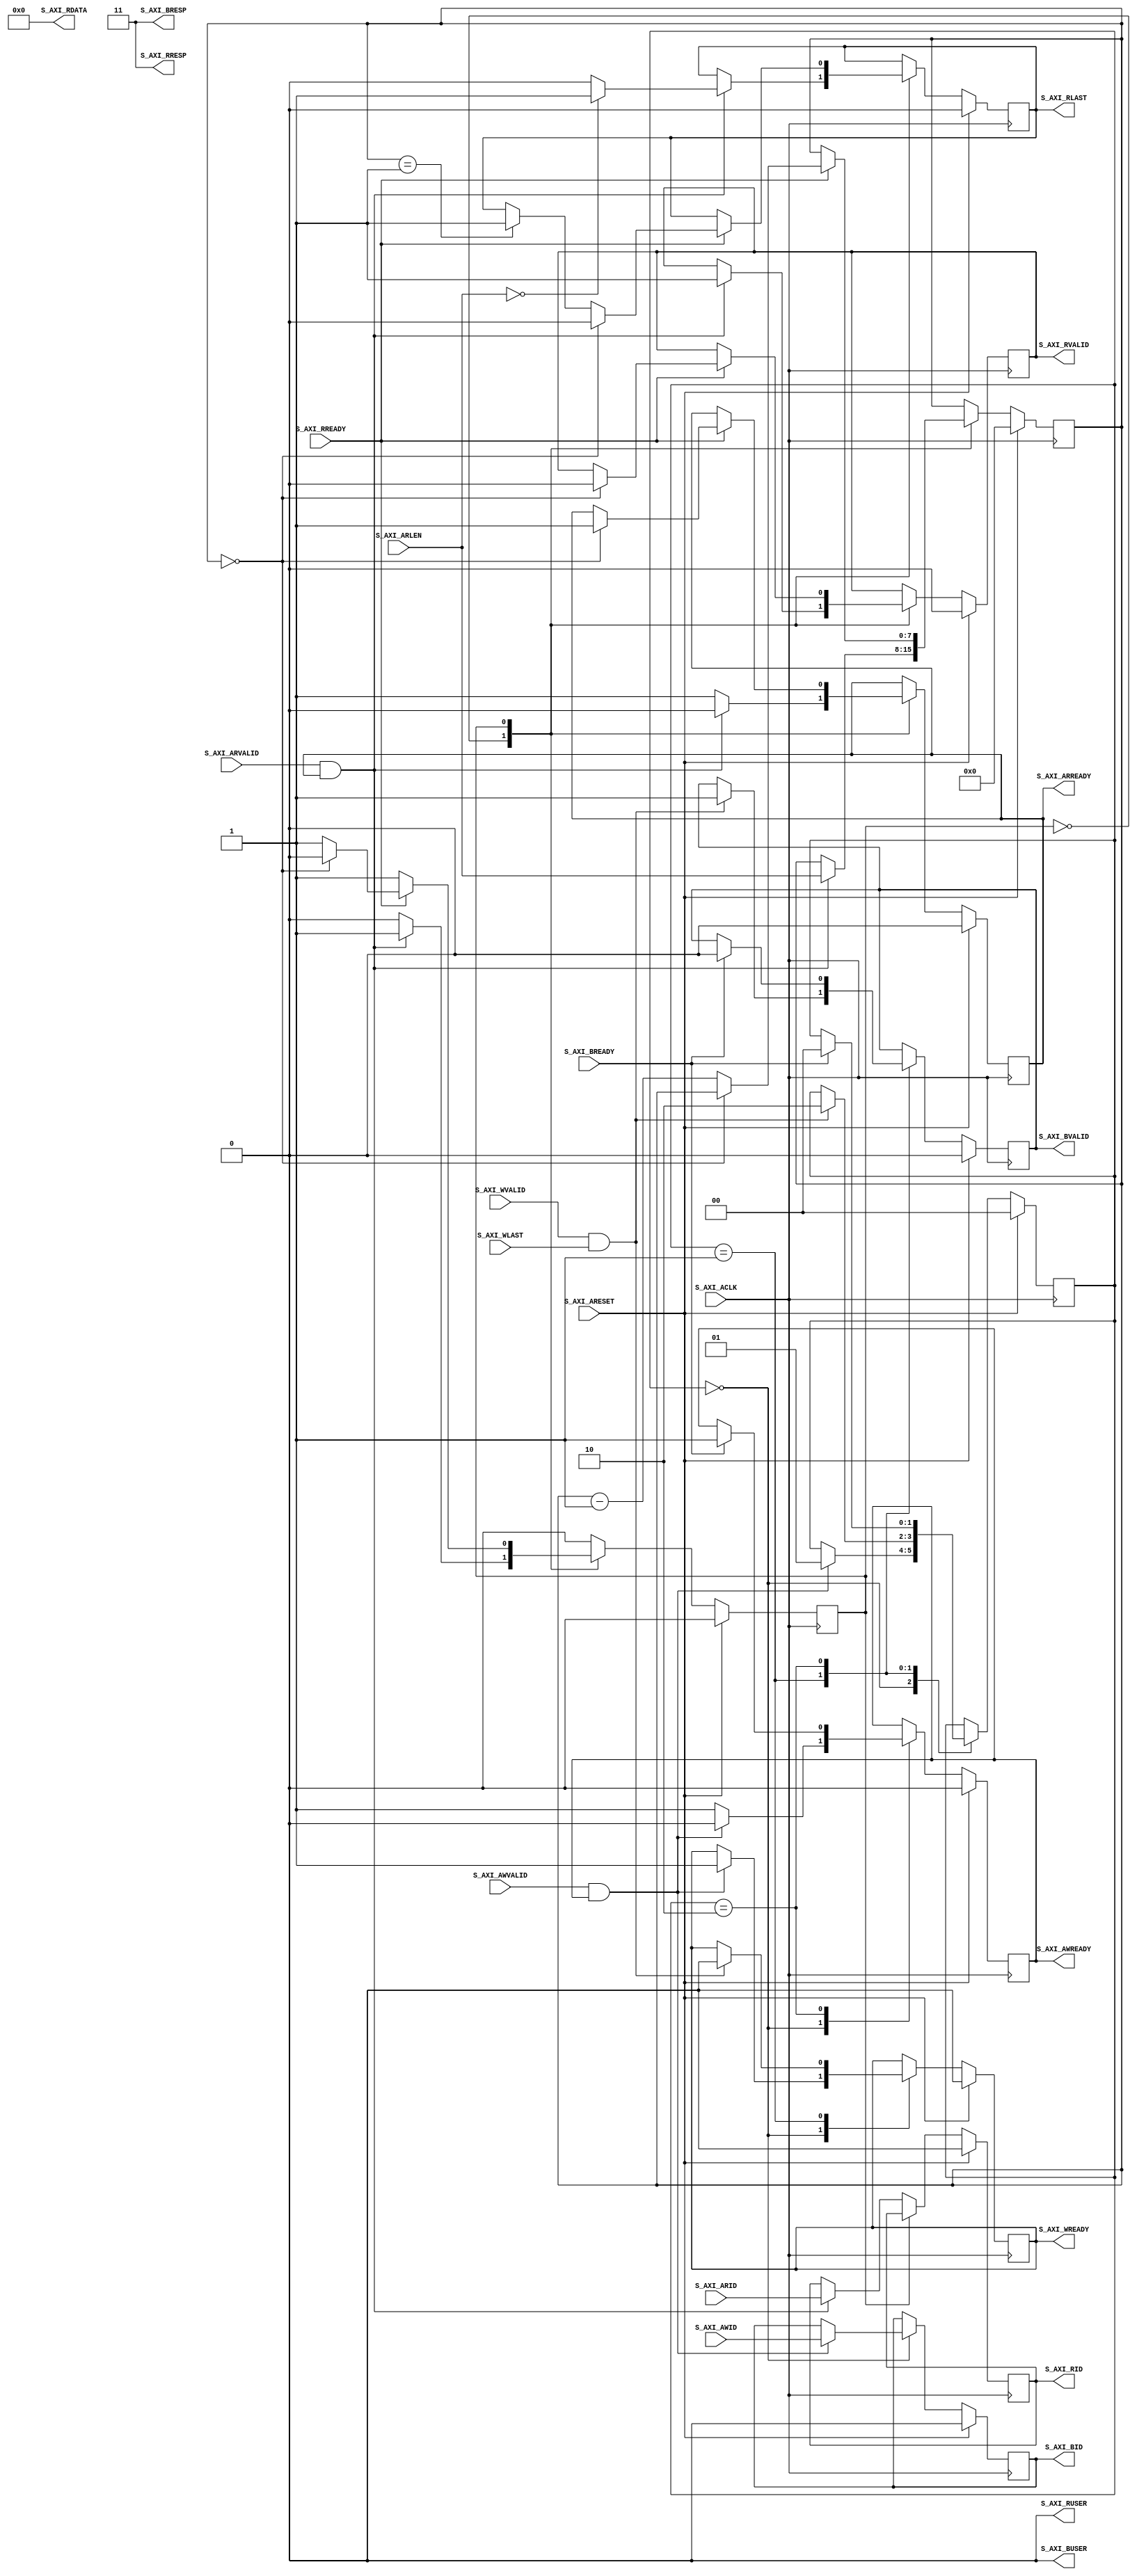
// -- (c) Copyright 2009 - 2011 Xilinx, Inc. All rights reserved.
// --
// -- This file contains confidential and proprietary information
// -- of Xilinx, Inc. and is protected under U.S. and 
// -- international copyright and other intellectual property
// -- laws.
// --
// -- DISCLAIMER
// -- This disclaimer is not a license and does not grant any
// -- rights to the materials distributed herewith. Except as
// -- otherwise provided in a valid license issued to you by
// -- Xilinx, and to the maximum extent permitted by applicable
// -- law: (1) THESE MATERIALS ARE MADE AVAILABLE "AS IS" AND
// -- WITH ALL FAULTS, AND XILINX HEREBY DISCLAIMS ALL WARRANTIES
// -- AND CONDITIONS, EXPRESS, IMPLIED, OR STATUTORY, INCLUDING
// -- BUT NOT LIMITED TO WARRANTIES OF MERCHANTABILITY, NON-
// -- INFRINGEMENT, OR FITNESS FOR ANY PARTICULAR PURPOSE; and
// -- (2) Xilinx shall not be liable (whether in contract or tort,
// -- including negligence, or under any other theory of
// -- liability) for any loss or damage of any kind or nature
// -- related to, arising under or in connection with these
// -- materials, including for any direct, or any indirect,
// -- special, incidental, or consequential loss or damage
// -- (including loss of data, profits, goodwill, or any type of
// -- loss or damage suffered as a result of any action brought
// -- by a third party) even if such damage or loss was
// -- reasonably foreseeable or Xilinx had been advised of the
// -- possibility of the same.
// --
// -- CRITICAL APPLICATIONS
// -- Xilinx products are not designed or intended to be fail-
// -- safe, or for use in any application requiring fail-safe
// -- performance, such as life-support or safety devices or
// -- systems, Class III medical devices, nuclear facilities,
// -- applications related to the deployment of airbags, or any
// -- other applications that could lead to death, personal
// -- injury, or severe property or environmental damage
// -- (individually and collectively, "Critical
// -- Applications"). Customer assumes the sole risk and
// -- liability of any use of Xilinx products in Critical
// -- Applications, subject only to applicable laws and
// -- regulations governing limitations on product liability.
// --
// -- THIS COPYRIGHT NOTICE AND DISCLAIMER MUST BE RETAINED AS
// -- PART OF THIS FILE AT ALL TIMES.
//-----------------------------------------------------------------------------
//
//
// Description: 
//   Phantom slave interface used to complete W, R and B channel transfers when an
//   erroneous transaction is trapped in the crossbar.
//--------------------------------------------------------------------------
//
// Structure:
//    decerr_slave
//    
//-----------------------------------------------------------------------------

`timescale 1ps/1ps
`default_nettype none

module ict106_decerr_slave #
  (
   parameter C_AXI_ID_WIDTH           = 1,
   parameter C_AXI_DATA_WIDTH         = 32,
   parameter C_AXI_BUSER_WIDTH           = 1,
   parameter C_AXI_RUSER_WIDTH           = 1
   )
  (
   input wire S_AXI_ACLK,
   input wire S_AXI_ARESET,
   input wire [(C_AXI_ID_WIDTH-1):0] S_AXI_AWID,
   input wire S_AXI_AWVALID,
   output wire S_AXI_AWREADY,
   input wire S_AXI_WLAST,
   input wire S_AXI_WVALID,
   output wire S_AXI_WREADY,
   output wire [(C_AXI_ID_WIDTH-1):0] S_AXI_BID,
   output wire [1:0] S_AXI_BRESP,
   output wire [C_AXI_BUSER_WIDTH-1:0]          S_AXI_BUSER,
   output wire S_AXI_BVALID,
   input wire S_AXI_BREADY,
   input wire [(C_AXI_ID_WIDTH-1):0] S_AXI_ARID,
   input wire [7:0] S_AXI_ARLEN,
   input wire S_AXI_ARVALID,
   output wire S_AXI_ARREADY,
   output wire [(C_AXI_ID_WIDTH-1):0] S_AXI_RID,
   output wire [(C_AXI_DATA_WIDTH-1):0] S_AXI_RDATA,
   output wire [1:0] S_AXI_RRESP,
   output wire [C_AXI_RUSER_WIDTH-1:0]          S_AXI_RUSER,
   output wire S_AXI_RLAST,
   output wire S_AXI_RVALID,
   input wire S_AXI_RREADY
   );
   
  reg s_axi_awready_i;
  reg s_axi_wready_i;
  reg s_axi_bvalid_i;
  reg [(C_AXI_ID_WIDTH-1):0] s_axi_bid_i;
  reg s_axi_arready_i;
  reg s_axi_rvalid_i;
  reg s_axi_rlast_i;
  reg [(C_AXI_ID_WIDTH-1):0] s_axi_rid_i;
  reg [7:0] read_cnt;
  reg [1:0] write_cs;
  reg [0:0] read_cs;
  localparam P_WRITE_IDLE = 2'b00;
  localparam P_WRITE_DATA = 2'b01;
  localparam P_WRITE_RESP = 2'b10;
  localparam P_READ_IDLE = 1'b0;
  localparam P_READ_DATA = 1'b1;
  localparam P_DECERR = 2'b11;
   
  assign S_AXI_BRESP = P_DECERR;
  assign S_AXI_RRESP = P_DECERR;
  assign S_AXI_RDATA = {C_AXI_DATA_WIDTH{1'b0}};
  assign S_AXI_BUSER = {C_AXI_BUSER_WIDTH{1'b0}};
  assign S_AXI_RUSER = {C_AXI_RUSER_WIDTH{1'b0}};
  assign S_AXI_AWREADY = s_axi_awready_i;
  assign S_AXI_WREADY = s_axi_wready_i;
  assign S_AXI_BVALID = s_axi_bvalid_i;
  assign S_AXI_BID = s_axi_bid_i;
  assign S_AXI_ARREADY = s_axi_arready_i;
  assign S_AXI_RVALID = s_axi_rvalid_i;
  assign S_AXI_RLAST = s_axi_rlast_i;
  assign S_AXI_RID = s_axi_rid_i;

  always @(posedge S_AXI_ACLK) begin
    if (S_AXI_ARESET) begin
      write_cs <= P_WRITE_IDLE;
      s_axi_awready_i <= 1'b0;
      s_axi_wready_i <= 1'b0;
      s_axi_bvalid_i <= 1'b0;
      s_axi_bid_i <= 0;
    end else begin
      case (write_cs) 
        P_WRITE_IDLE: 
          begin
            if (S_AXI_AWVALID & s_axi_awready_i) begin
              s_axi_awready_i <= 1'b0;
              s_axi_bid_i <= S_AXI_AWID;
              s_axi_wready_i <= 1'b1;
              write_cs <= P_WRITE_DATA;
            end else begin
              s_axi_awready_i <= 1'b1;
            end
          end
        P_WRITE_DATA:
          begin
            if (S_AXI_WVALID & S_AXI_WLAST) begin
              s_axi_wready_i <= 1'b0;
              s_axi_bvalid_i <= 1'b1;
              write_cs <= P_WRITE_RESP;
            end
          end
        P_WRITE_RESP:
          begin
            if (S_AXI_BREADY) begin
              s_axi_bvalid_i <= 1'b0;
              s_axi_awready_i <= 1'b1;
              write_cs <= P_WRITE_IDLE;
            end
          end
      endcase
    end
  end

  always @(posedge S_AXI_ACLK) begin
    if (S_AXI_ARESET) begin
      read_cs <= P_READ_IDLE;
      s_axi_arready_i <= 1'b0;
      s_axi_rvalid_i <= 1'b0;
      s_axi_rlast_i <= 1'b0;
      s_axi_rid_i <= 0;
      read_cnt <= 0;
    end else begin
      case (read_cs) 
        P_READ_IDLE: 
          begin
            if (S_AXI_ARVALID & s_axi_arready_i) begin
              s_axi_arready_i <= 1'b0;
              s_axi_rid_i <= S_AXI_ARID;
              read_cnt <= S_AXI_ARLEN;
              s_axi_rvalid_i <= 1'b1;
              if (S_AXI_ARLEN == 0) begin
                s_axi_rlast_i <= 1'b1;
              end else begin
                s_axi_rlast_i <= 1'b0;
              end
              read_cs <= P_READ_DATA;
            end else begin
              s_axi_arready_i <= 1'b1;
            end
          end
        P_READ_DATA:
          begin
            if (S_AXI_RREADY) begin
              if (read_cnt == 0) begin
                s_axi_rvalid_i <= 1'b0;
                s_axi_rlast_i <= 1'b0;
                s_axi_arready_i <= 1'b1;
                read_cs <= P_READ_IDLE;
              end else begin
                if (read_cnt == 1) begin
                  s_axi_rlast_i <= 1'b1;
                end
                read_cnt <= read_cnt - 1;
              end
            end
          end
      endcase
    end
  end

endmodule

`default_nettype wire